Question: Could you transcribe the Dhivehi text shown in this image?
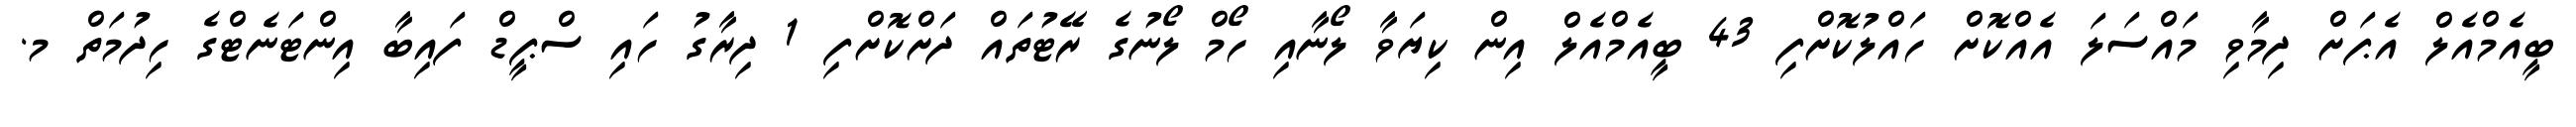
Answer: ބީއެމްއެލް އެޕަށް ދިމާވި މައްސަލަ އެއްކޮށް ހައްލުކޮށްފި 43 ބީއެމްއެލް އިން ކިޔަވާ ލޯނާއި ހޯމް ލޯނުގެ ރޭޓުތައް ދަށްކޮށްފި 1 ދިރާގު ހައި ސްޕީޑް ފައިބާ އިންޓަނެޓްގެ ހިދުމަތް މ.